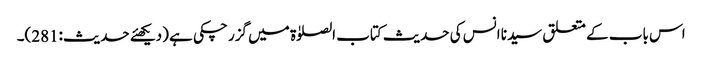
اس باب کے متعلق سیدنا انس کی حدیث کتاب الصلوٰۃ میں گزر چکی ہے (دیکھئے حدیث:281)۔